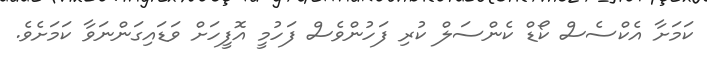
ކަމަށާ އެކްސެސް ކޯޑް ކެންސަލް ކުރި ފަހުންވެސް ފަހުމީ އޮފީހަށް ވަޑައިގަންނަވާ ކަމަށެވެ.